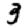
Digit: 3